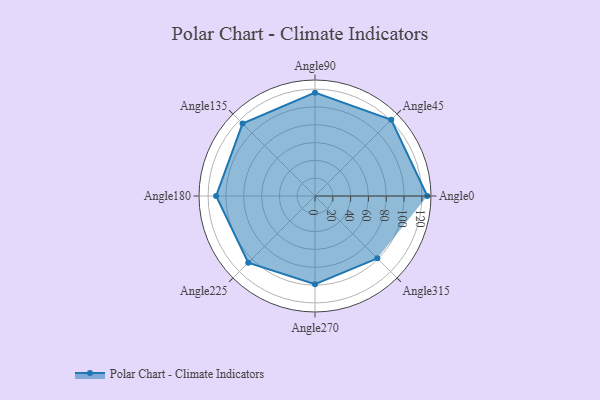
{"axis": {"x": "Angle", "y": "Radius"}, "legend": [""], "data": [{"x": "Angle0", "y": 126.0, "type": ""}, {"x": "Angle45", "y": 121.0, "type": ""}, {"x": "Angle90", "y": 116.0, "type": ""}, {"x": "Angle135", "y": 115.0, "type": ""}, {"x": "Angle180", "y": 111.0, "type": ""}, {"x": "Angle225", "y": 106.0, "type": ""}, {"x": "Angle270", "y": 99.0, "type": ""}, {"x": "Angle315", "y": 99.0, "type": ""}]}